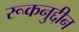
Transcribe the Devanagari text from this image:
रूकनुद्दीन